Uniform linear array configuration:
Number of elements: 32
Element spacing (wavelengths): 0.75
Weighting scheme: kaiser
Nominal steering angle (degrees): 0
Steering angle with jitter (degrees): -0.1491
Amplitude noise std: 0.05
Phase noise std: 0.05

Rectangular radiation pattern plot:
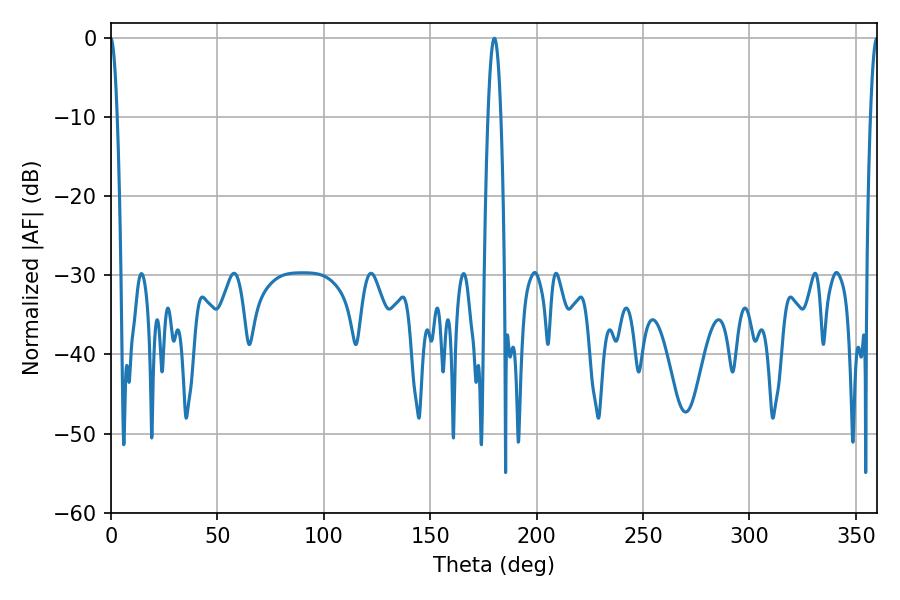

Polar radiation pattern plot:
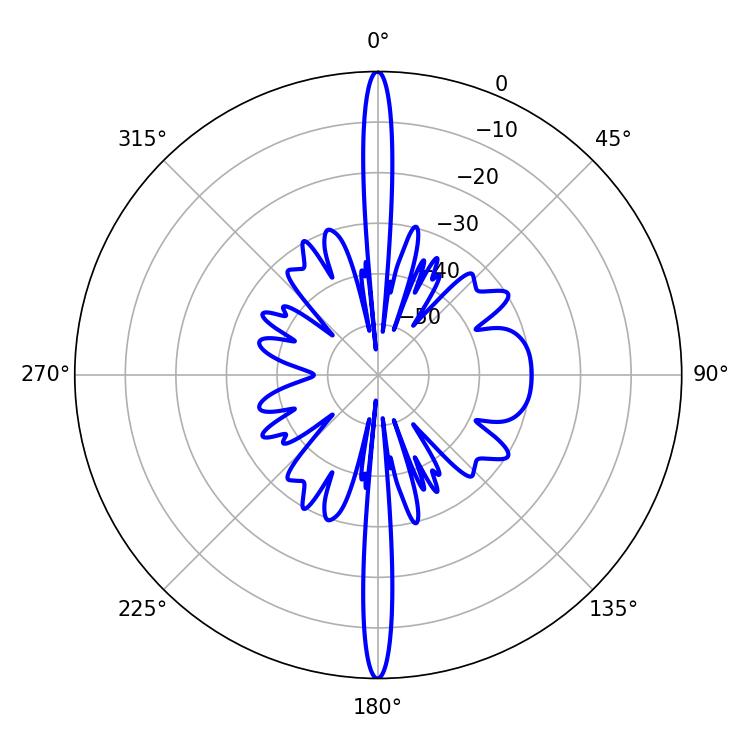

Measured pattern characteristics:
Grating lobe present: TRUE
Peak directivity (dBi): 37.685
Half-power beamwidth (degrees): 1.8
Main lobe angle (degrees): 359.82